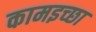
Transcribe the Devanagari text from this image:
कामइच्‍छा